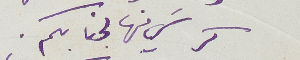
كرسيَ منها لجنابكم.